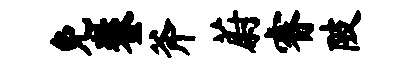
免鏊斧蔚睿陂